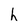
Character: h